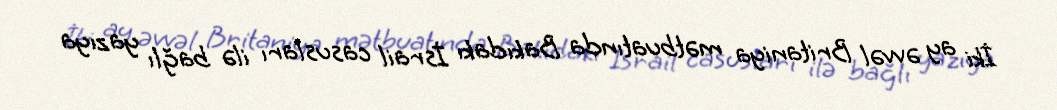
İki ay əvvəl Britaniya mətbuatında Bakıdakı İsrail casusları ilə bağlı yazıya